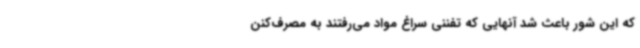
که این شور باعث شد آنهایی که تفننی سراغ مواد می‌رفتند به مصرف‌کنن